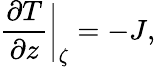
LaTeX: \frac{\partial T}{\partial z}\bigg\vert_{\zeta}=-J,